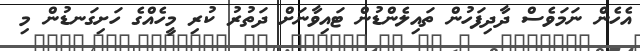
އެހެން ނަމަވެސް ދާދިފަހުން ތައިލެންޑުން ޓައިވާނަށް ދަތުރު ކުރި މީހެއްގެ ހަށިގަނޑުން މި